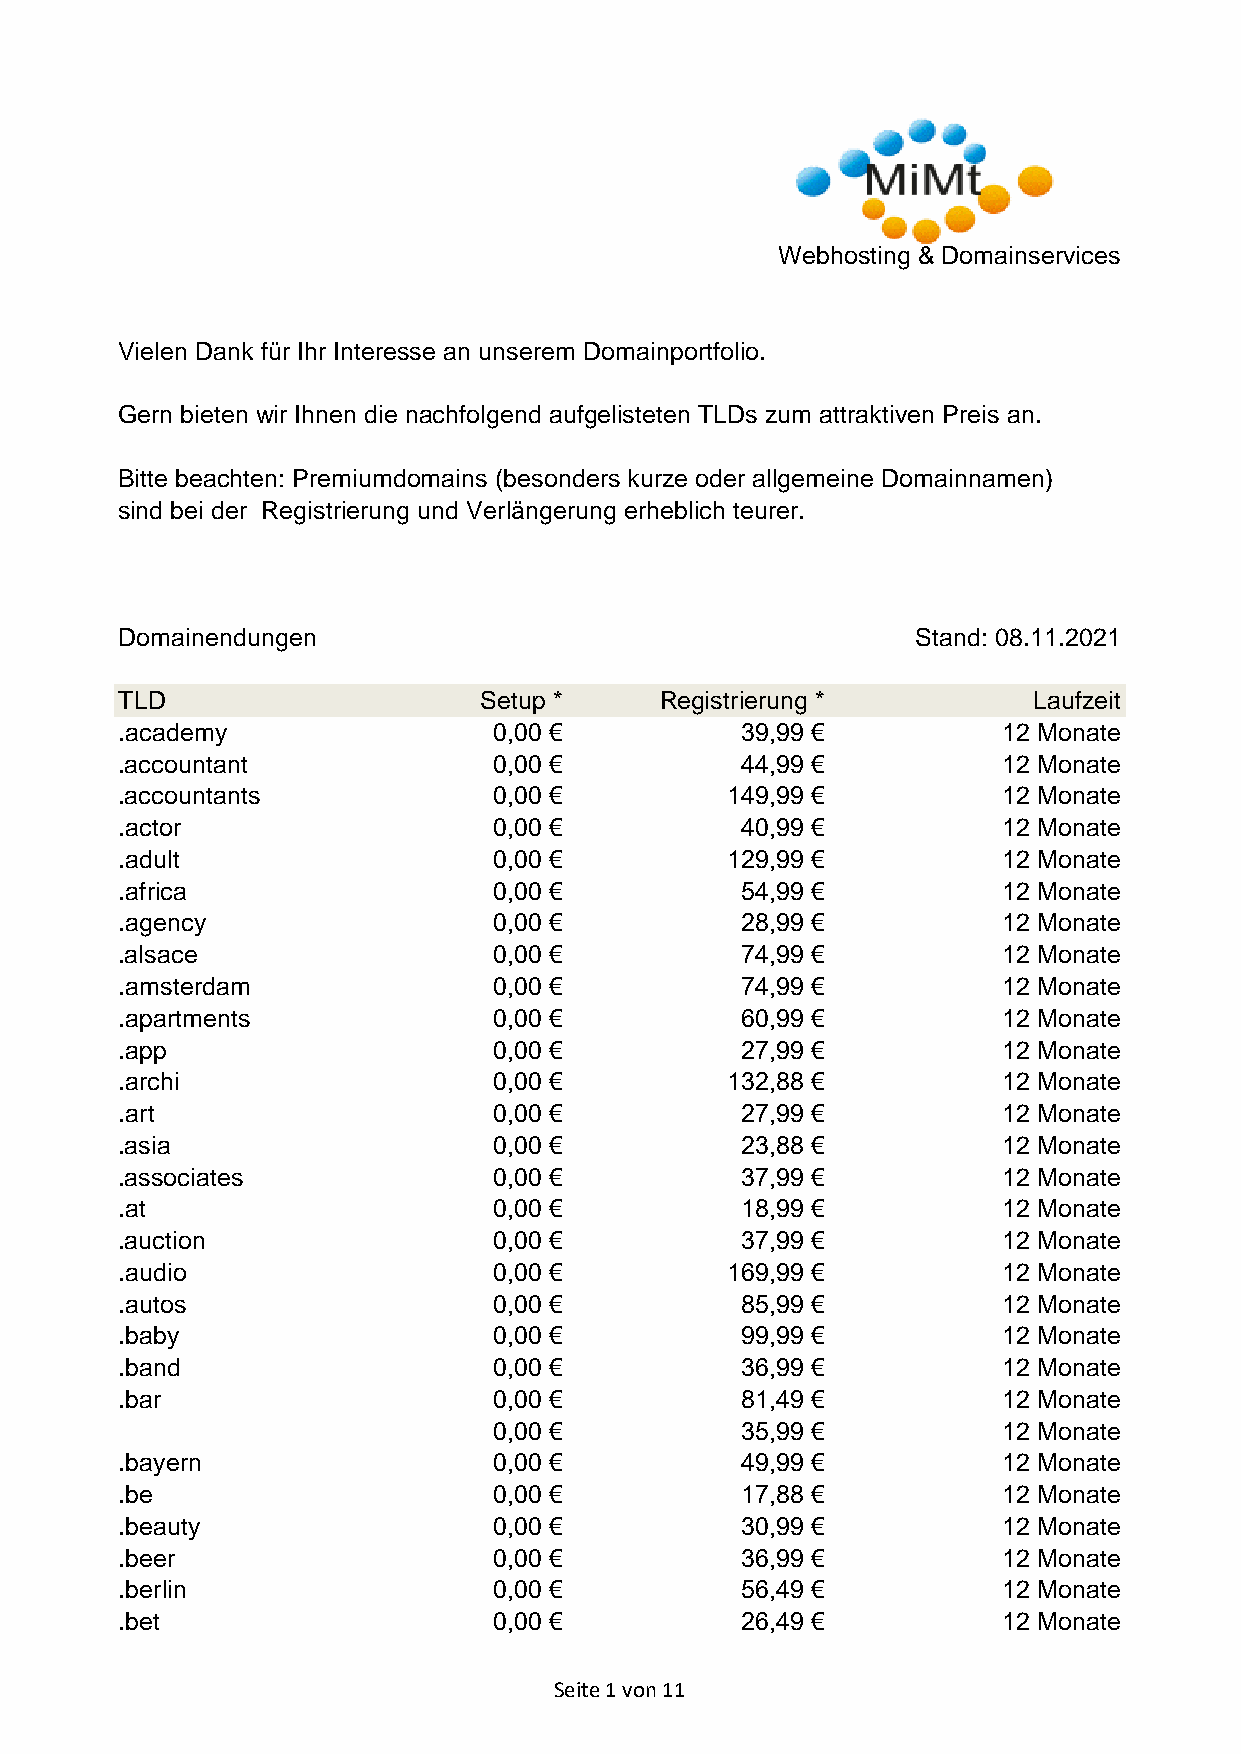
Webhosting & Domainservices
 Vielen Dank für Ihr Interesse an unserem Domainportfolio.
 Gern bieten wir Ihnen die nachfolgend aufgelisteten TLDs zum attraktiven Preis an.
 Bitte beachten: Premiumdomains (besonders kurze oder allgemeine Domainnamen)
 sind bei der Registrierung und Verlängerung erheblich teurer.
 Domainendungen                                       Stand: 08.11.2021
 TLD                     Setup *     Registrierung *         Laufzeit
 .academy                 0,00 €          39,99 €          12 Monate
 .accountant              0,00 €          44,99 €          12 Monate
 .accountants             0,00 €         149,99 €          12 Monate
 .actor                   0,00 €          40,99 €          12 Monate
 .adult                   0,00 €         129,99 €          12 Monate
 .africa                  0,00 €          54,99 €          12 Monate
 .agency                  0,00 €          28,99 €          12 Monate
 .alsace                  0,00 €          74,99 €          12 Monate
 .amsterdam               0,00 €          74,99 €          12 Monate
 .apartments              0,00 €          60,99 €          12 Monate
 .app                     0,00 €          27,99 €          12 Monate
 .archi                   0,00 €         132,88 €          12 Monate
 .art                     0,00 €          27,99 €          12 Monate
 .asia                    0,00 €          23,88 €          12 Monate
 .associates              0,00 €          37,99 €          12 Monate
 .at                      0,00 €          18,99 €          12 Monate
 .auction                 0,00 €          37,99 €          12 Monate
 .audio                   0,00 €         169,99 €          12 Monate
 .autos                   0,00 €          85,99 €          12 Monate
 .baby                    0,00 €          99,99 €          12 Monate
 .band                    0,00 €          36,99 €          12 Monate
 .bar                     0,00 €          81,49 €          12 Monate
 0,00 €          35,99 €          12 Monate
 .bayern                  0,00 €          49,99 €          12 Monate
 .be                      0,00 €          17,88 €          12 Monate
 .beauty                  0,00 €          30,99 €          12 Monate
 .beer                    0,00 €          36,99 €          12 Monate
 .berlin                  0,00 €          56,49 €          12 Monate
 .bet                     0,00 €          26,49 €          12 Monate
 Seite 1 von 11